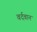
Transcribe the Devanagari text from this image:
वर्दवान